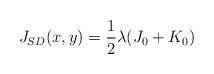
LaTeX: \begin{align*}J_{SD}(x,y)=\frac{1}{2}\lambda (J_{0}+K_{0})\end{align*}